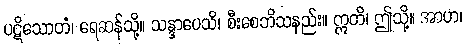
ပဋိသောတံ၊ ရေဆန်သို့။ သန္ဒာပေသိ၊ စီးစေဘိသနည်း။ ဣတိ၊ ဤသို့။ အာဟ၊